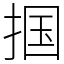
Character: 掴